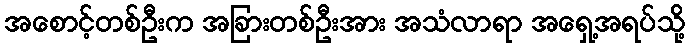
အစောင့်တစ်ဦးက အခြားတစ်ဦးအား အသံလာရာ အရှေ့အရပ်သို့